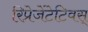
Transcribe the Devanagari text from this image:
रिप्रेजेंटेटिवस्